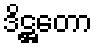
ဒိဋ္ဌတော